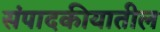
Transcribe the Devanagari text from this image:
संपादकीयातील